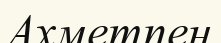
Ахметпен